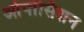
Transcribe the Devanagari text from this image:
ओपोसिशन